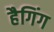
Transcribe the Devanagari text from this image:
हैगिंग